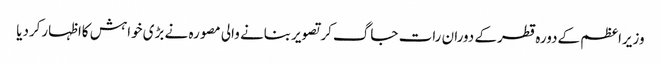
وزیراعظم کےدورہ قطرکے دوران رات جاگ کرتصویربنانے والی مصورہ نے بڑی خواہش کااظہارکردیا